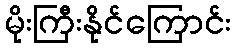
မိုးကြီးနိုင်ကြောင်း